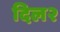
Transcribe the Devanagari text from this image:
दिल२